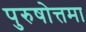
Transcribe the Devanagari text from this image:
पुरुषोत्तमा